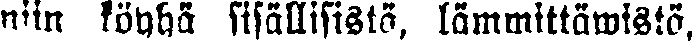
niin köyhä sisällisistä, lämmittäwistä,